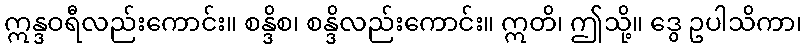
ဣန္ဒဝရီလည်းကောင်း။ စန္ဒိစ၊ စန္ဒိလည်းကောင်း။ ဣတိ၊ ဤသို့။ ဒွေ ဥပါသိကာ၊